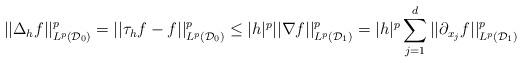
LaTeX: \begin{align*}||\Delta_hf||_{L^p(\mathcal{D}_0)}^p = ||\tau_h f - f||_{L^p(\mathcal{D}_0)}^p\leq |h|^p ||\nabla f ||_{L^p(\mathcal{D}_1)}^p = |h|^p \sum_{j=1}^d||\partial_{x_j} f ||_{L^p(\mathcal{D}_1)}^p\end{align*}